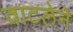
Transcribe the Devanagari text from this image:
वाटलेने